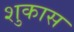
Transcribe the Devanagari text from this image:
शुकास